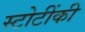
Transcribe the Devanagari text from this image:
स्टोटींकी